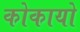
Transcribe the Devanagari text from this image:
कोकायो